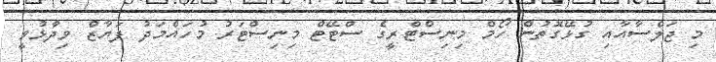
މި ޖަލްސާއާއި ގުޅޭގޮތުން ހޯމް މިނިސްޓްރީގެ ސްޓޭޓް މިނިސްޓަރު މުހައްމަދު ފަޔާޒް ވިދާޅުވީ